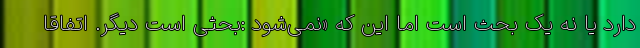
دارد یا نه یک بحث است اما این که «نمی‌شود :بحثی است دیگر. اتفاقاً